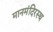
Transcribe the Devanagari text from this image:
मानमंदिरस्थ